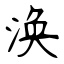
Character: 涣